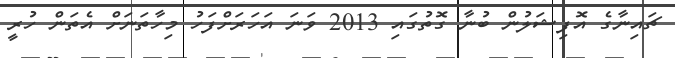
ޗައިނާގެ އޮފިޝަލުން ބުނާ ގޮތުގައި 2013 ވަނަ އަހަރަށްފަހު މިހާތަނަށް އެތަން ހުރީ